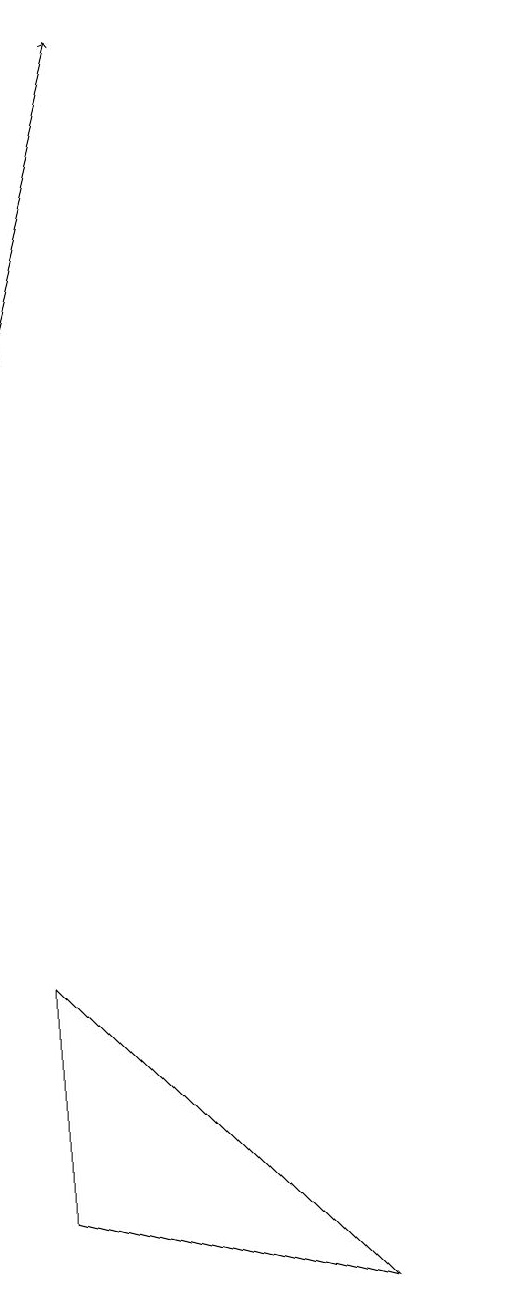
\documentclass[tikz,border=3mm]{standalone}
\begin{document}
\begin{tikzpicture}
\draw (4,3) -- (8,2) -- (4,6) -- cycle;
\draw (10,11) circle (0);
\draw[->] (4,14) -- (5,18);
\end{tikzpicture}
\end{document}